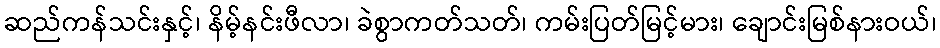
ဆည်ကန်သင်းနှင့်၊ နိမ့်နင်းဖီလာ၊ ခဲစွာကတ်သတ်၊ ကမ်းပြတ်မြင့်မား၊ ချောင်းမြစ်နားဝယ်၊